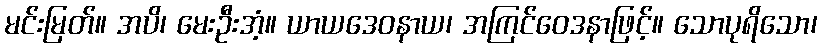
မင်းမြတ်။ အပိ၊ မေးဦးအံ့။ ယာယဒေဝနာယ၊ အကြင်ဝေဒနာဖြင့်။ သောပုရိသော၊